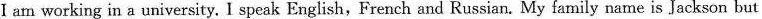
I am working in a university. I speak English，French and Russian. My family name is Jackson but